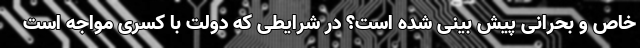
خاص و بحرانی پیش بینی شده است؟ در شرایطی که دولت با کسری مواجه است